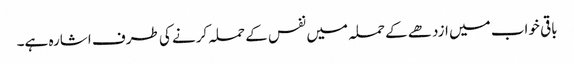
باقی خواب میں ازدھے کے حملہ میں نفس کے حملہ کرنے کی طرف اشارہ ہے۔